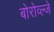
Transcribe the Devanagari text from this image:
बोरोव्ल्जे